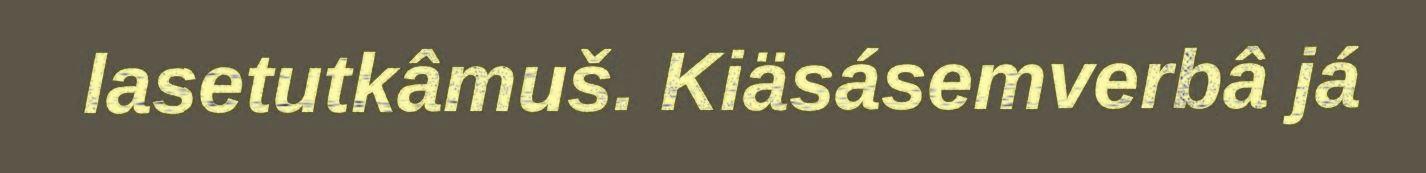
lasetutkâmuš. Kiäsásemverbâ já